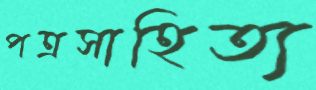
পত্রসাহিত্য